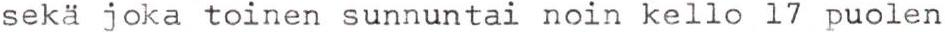
sekä joka toinen sunnuntai noin kello 17 puolen